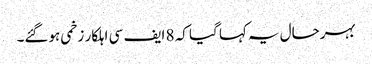
بہرحال یہ کہا گیا کہ 8 ایف سی اہلکار زخمی ہوگئے۔